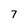
Character: 7